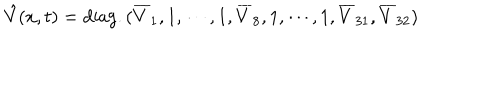
\hat { V } ( x , t ) = \mathrm { d i a g . } \, ( \overline { { { V } } } _ { 1 } , 1 , \cdots , 1 , \overline { { { V } } } _ { 8 } , 1 , \cdots , 1 , \overline { { { V } } } _ { 3 1 } , \overline { { { V } } } _ { 3 2 } )